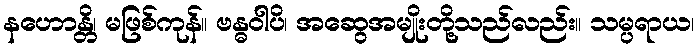
နဟောန္တိ၊ မဖြစ်ကုန်။ ဗန္ဓဝါပိ၊ အဆွေအမျိုးတို့သည်လည်း။ သမ္ပရာယ၊